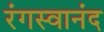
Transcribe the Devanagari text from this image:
रंगस्वानंद